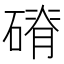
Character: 𥕂